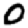
Digit: 0